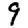
Digit: 9